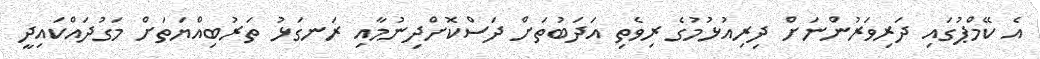
އެ ކޭމްޕުގައި ދަރިވަރުންނަށް ދިރިއުޅުމުގެ ރިވެތި އަދަބުތަށް ދަސްކޮށްދިނުމާއި ރަނގަޅު ތަރުބިއްޔަތަށް މަގުދައްކައިދީ